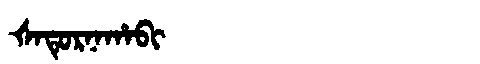
Manchu: ᡧᠠᡨᡠᡵᠨᠠᡥᠠᠪᡳ
Romanization: ŠATURNAHABI